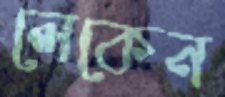
লেকেন